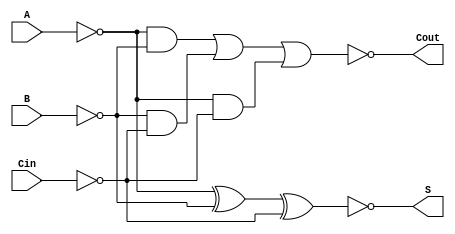
module NegativeCircuitFullAdder (
    input wire A,    // Active low input A
    input wire B,    // Active low input B
    input wire Cin,  // Active low carry-in
    output wire S,   // Active low sum output
    output wire Cout  // Active low carry-out output
);

// Internal signals
wire A_n, B_n, Cin_n;      // Inverted inputs
wire sum_temp;             // Temporary sum output
wire carry_temp;           // Temporary carry output

// Invert the inputs to achieve active low logic
assign A_n = ~A;           // A_n = NOT A
assign B_n = ~B;           // B_n = NOT B
assign Cin_n = ~Cin;       // Cin_n = NOT Cin

// Calculate the sum output in negative logic
assign sum_temp = A_n ^ B_n ^ Cin_n;  // XOR operation in positive logic
assign S = ~sum_temp;                   // Invert for active low output

// Calculate the carry-out output in negative logic
assign carry_temp = (A_n & B_n) | (B_n & Cin_n) | (A_n & Cin_n); // OR operation in positive logic
assign Cout = ~carry_temp;               // Invert for active low output

endmodule